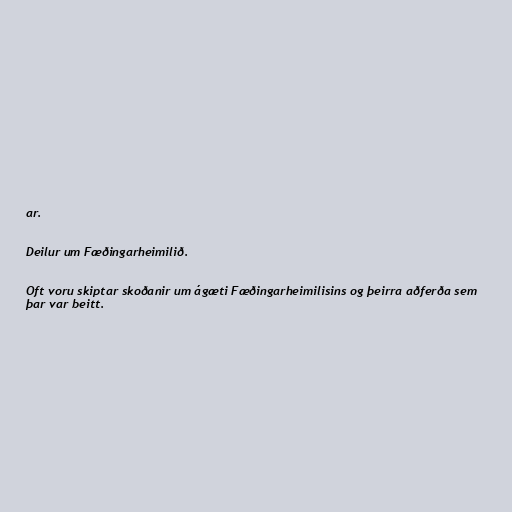
ar.

Deilur um Fæðingarheimilið.

Oft voru skiptar skoðanir um ágæti Fæðingarheimilisins og þeirra aðferða sem
þar var beitt.